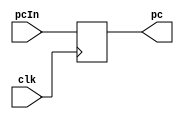
`timescale 1ns / 1ps
module PC(clk,pcIn,pc);
    input clk;
    input [31:0]pcIn;
    output [31:0]pc;
    reg [31:0] pc=0;
    always @(posedge clk)
    begin
        pc=pcIn;
    end
endmodule